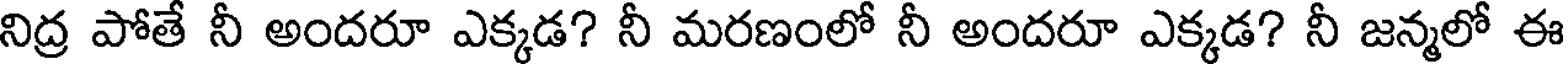
నిద్ర పోతే నీ అందరూ ఎక్కడ? నీ మరణంలో నీ అందరూ ఎక్కడ? నీ జన్మలో ఈ